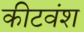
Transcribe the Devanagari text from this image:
कीटवंश